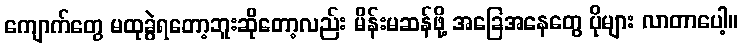
ကျောက်တွေ မထုခွဲရတော့ဘူးဆိုတော့လည်း မိန်းမဆန်ဖို့ အခြေအနေတွေ ပိုများ လာတာပေါ့။